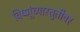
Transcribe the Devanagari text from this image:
विष्णूंच्यास्तुतीवर